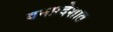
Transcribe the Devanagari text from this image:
वनप्रदेशात